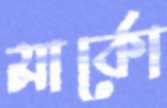
মার্কো